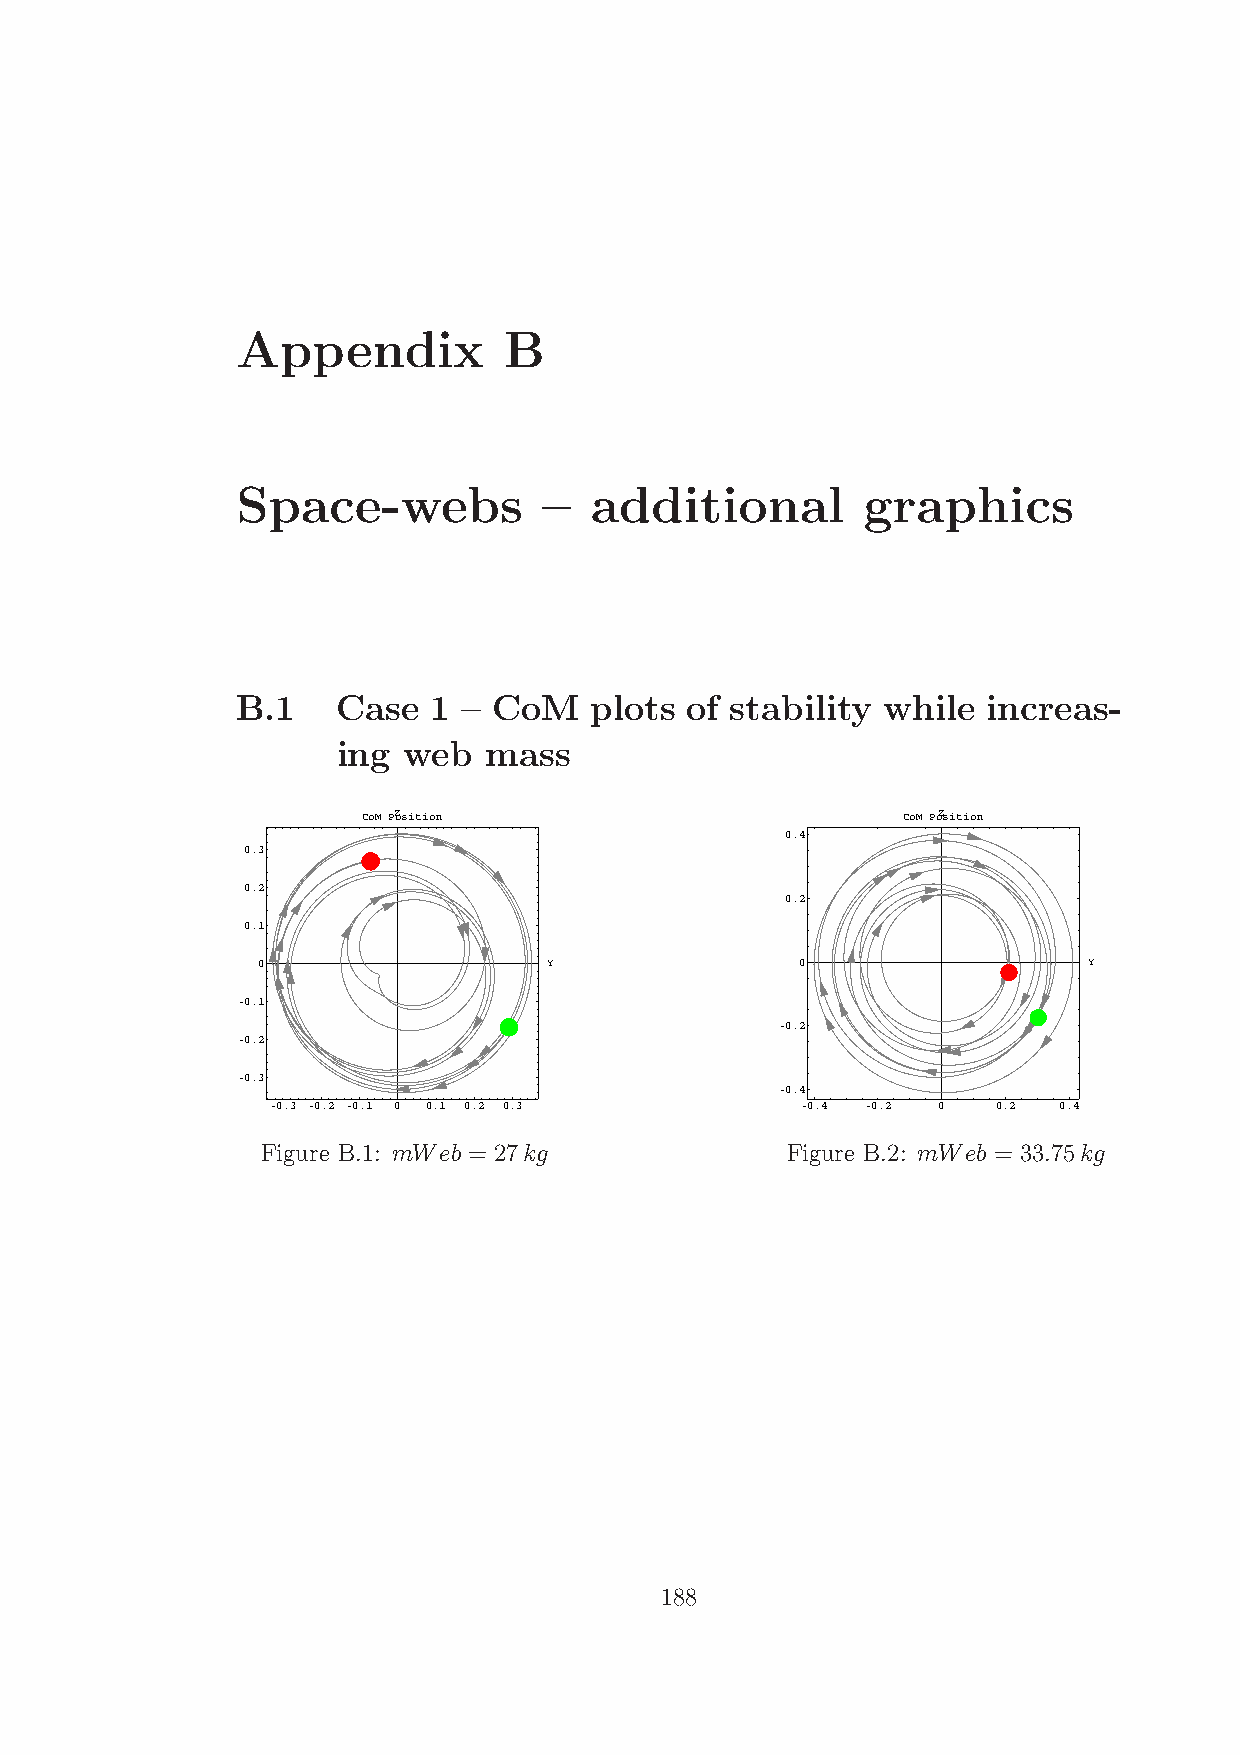
Appendix         B
 Space-webs          –  additional        graphics
 B.1   Case   1 – CoM   plots of stability while  increas-
 ing  web  mass
 CoM PZosition                       CoM PoZsition
 0.4
 0.3
 0.2
 0.2
 0.1
 0                  Y                0                  Y
 -0.1
 -0.2
 -0.2
 -0.3
 -0.4
 -0.3 -0.2 -0.1 0 0.1 0.2 0.3       -0.4 -0.2 0  0.2 0.4
 Figure B.1: mWeb = 27kg            Figure B.2: mWeb = 33.75kg
 188